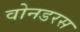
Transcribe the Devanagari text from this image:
वोनडरस